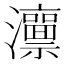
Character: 𱪕